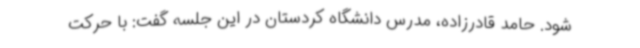
شود. حامد قادرزاده، مدرس دانشگاه کردستان در این جلسه گفت: با حرکت